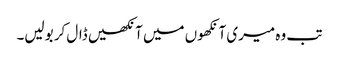
تب وہ میری آنکھوں میں آنکھیں ڈال کر بولیں۔